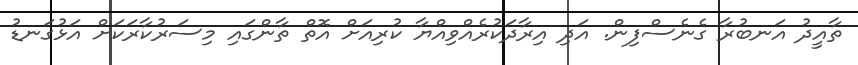
ތާއީދު އަނބުރާ ގެނެސްފިން. އަދި އިރާދަކުރެއްވިއްޔާ ކުރިއަށް އޮތް ތާންގައި މިސަރުކާރަކަށް އަޅުގަނޑު